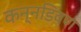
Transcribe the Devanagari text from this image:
कन्नडिवण